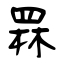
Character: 罧